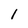
Character: 1